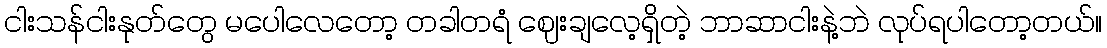
ငါးသန်ငါးနုတ်တွေ မပေါလေတော့ တခါတရံ ဈေးချလေ့ရှိတဲ့ ဘာဆာငါးနဲ့ဘဲ လုပ်ရပါတော့တယ်။